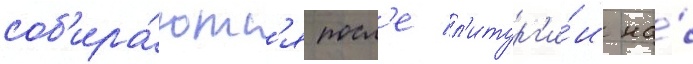
соб'ира́ютс'я посл'е л'итург'и́и на́